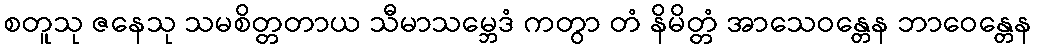
စတူသု ဇနေသု သမစိတ္တတာယ သီမာသမ္ဘေဒံ ကတွာ တံ နိမိတ္တံ အာသေဝန္တေန ဘာဝေန္တေန